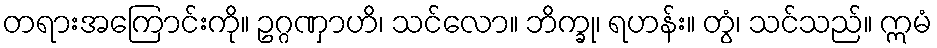
တရားအကြောင်းကို။ ဥဂ္ဂဏှာဟိ၊ သင်လော။ ဘိက္ခု၊ ရဟန်း။ တွံ၊ သင်သည်။ ဣမံ